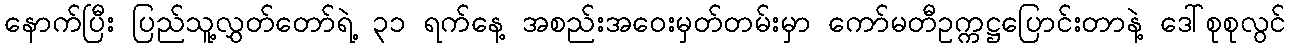
နောက်ပြီး ပြည်သူ့လွှတ်တော်ရဲ့ ၃၁ ရက်နေ့ အစည်းအဝေးမှတ်တမ်းမှာ ကော်မတီဥက္ကဋ္ဌပြောင်းတာနဲ့ ဒေါ်စုစုလွင်